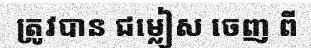
ត្រូវបាន ជម្លៀស ចេញ ពី